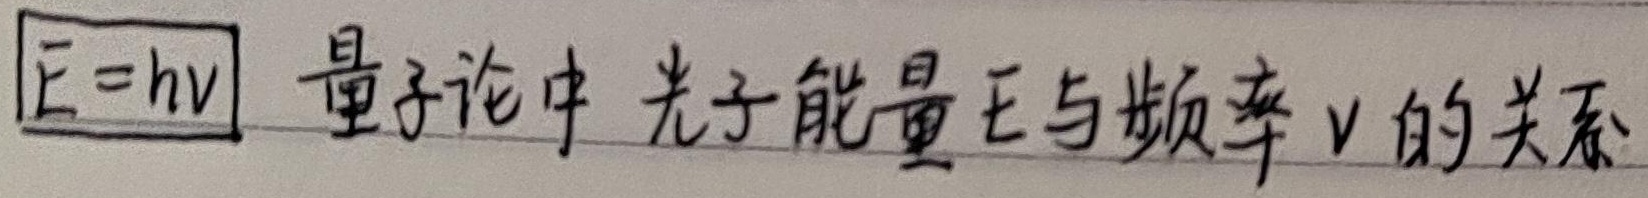
在量子论中，光子能量 \(E\) 与频率 \(\nu\) 的关系为：\(E = h\nu\)